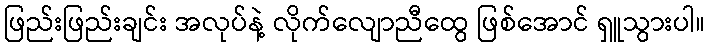
ဖြည်းဖြည်းချင်း အလုပ်နဲ့ လိုက်လျောညီထွေ ဖြစ်အောင် ရှူသွားပါ။